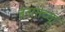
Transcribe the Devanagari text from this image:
बनासच्या